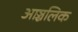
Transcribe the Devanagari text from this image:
आञ्चलिक